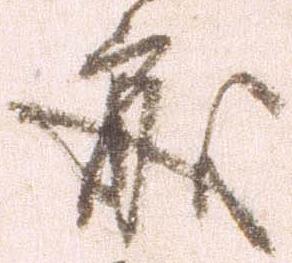
処